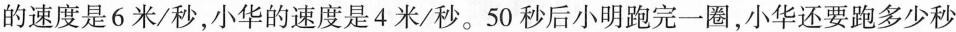
的速度是6米/秒，小华的速度是4米/秒。50秒后小明跑完一圈，小华还要跑多少秒